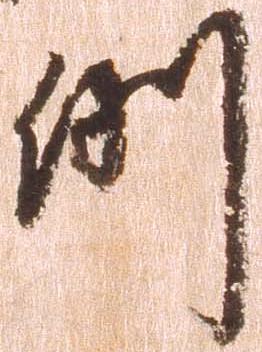
例